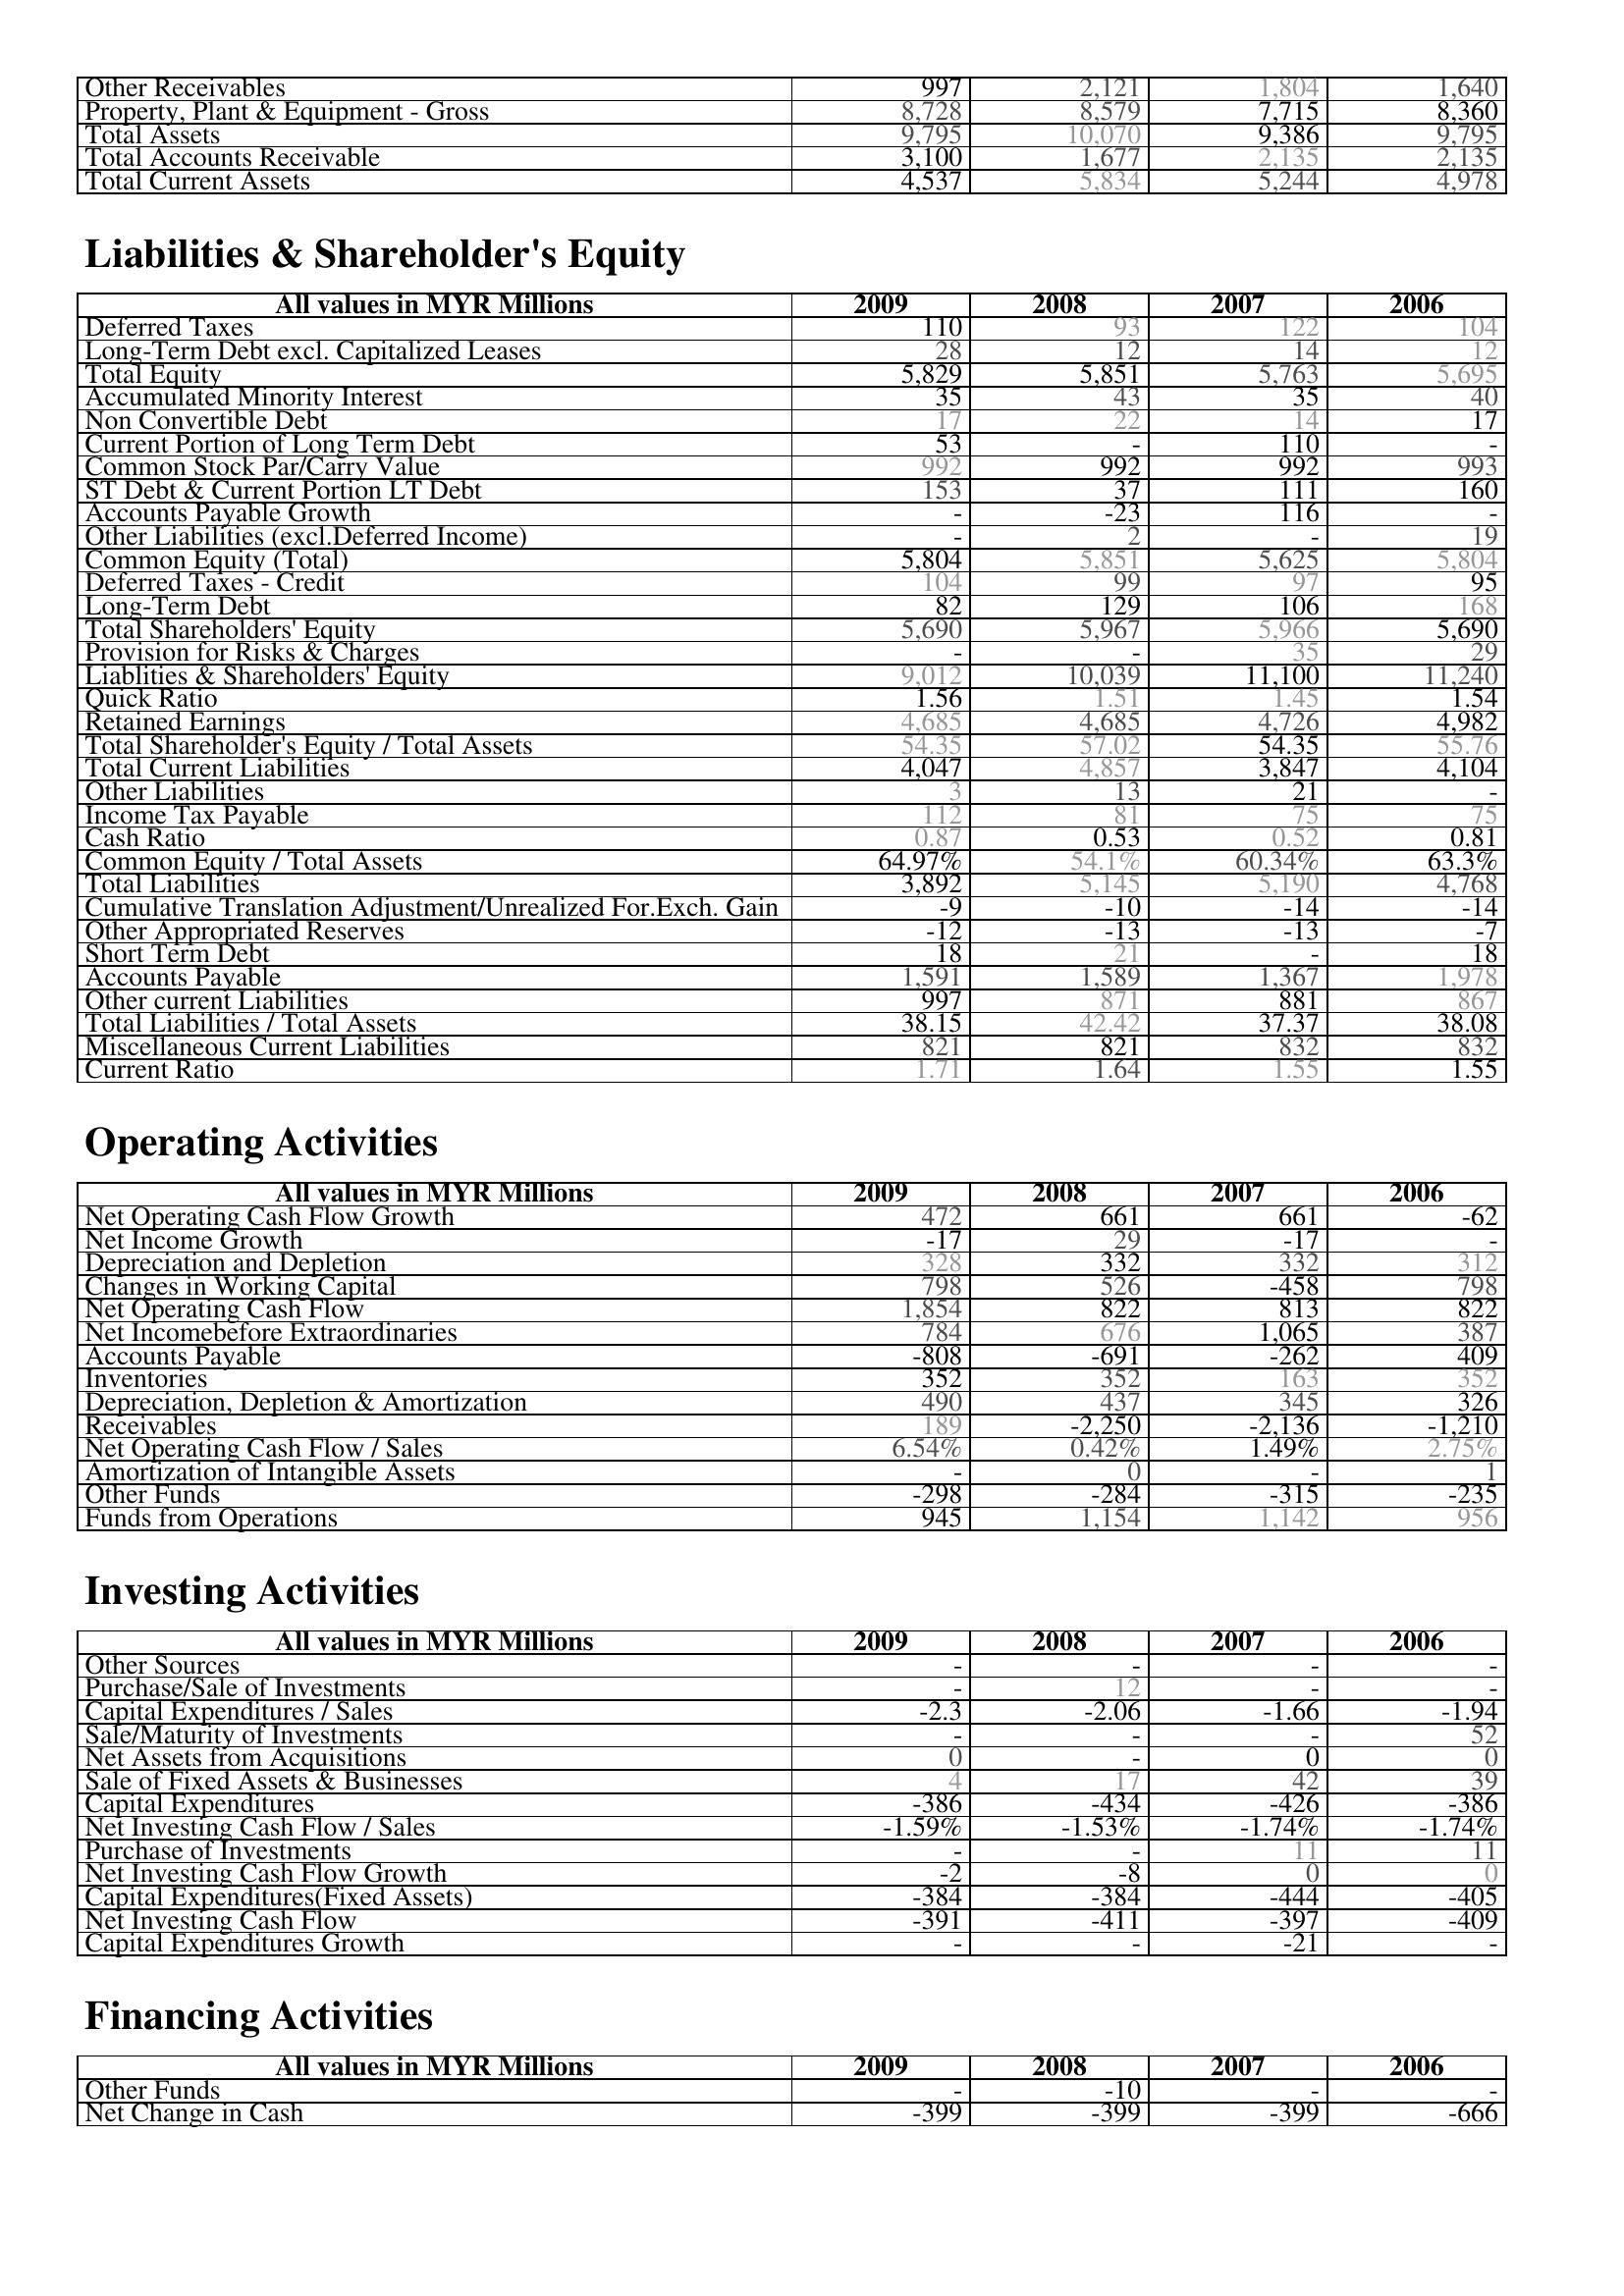
2009: Assets: Other Receivables: 997
Property, Plant & Equipment - Gross : 8,728
Total Assets: 9,795
Total Accounts Receivable: 3,100
Total Current Assets: 4,537
Liabilities & Shareholder's Equity: Deferred Taxes: 110
Long-Term Debt excl. Capitalized Leases: 28
Total Equity: 5,829
Accumulated Minority Interest: 35
Non Convertible Debt: 17
Current Portion of Long Term Debt: 53
Common Stock Par/Carry Value: 992
ST Debt & Current Portion LT Debt: 153
Accounts Payable Growth: -
Other Liabilities (excl.Deferred Income): -
Common Equity (Total): 5,804
Deferred Taxes - Credit: 104
Long-Term Debt: 82
Total Shareholders' Equity: 5,690
Provision for Risks & Charges: -
Liablities & Shareholders' Equity: 9,012
Quick Ratio: 1.56
Retained Earnings: 4,685
Total Shareholder's Equity / Total Assets: 54.35
Total Current Liabilities: 4,047
Other Liabilities: 3
Income Tax Payable: 112
Cash Ratio: 0.87
Common Equity / Total Assets: 64.97%
Total Liabilities: 3,892
Cumulative Translation Adjustment/Unrealized For.Exch. Gain: -9
Other Appropriated Reserves: -12
Short Term Debt: 18
Accounts Payable: 1,591
Other current Liabilities: 997
Total Liabilities / Total Assets: 38.15
Miscellaneous Current Liabilities: 821
Current Ratio: 1.71
Operating Activities: Net Operating Cash Flow Growth: 472
Net Income Growth: -17
Depreciation and Depletion: 328
Changes in Working Capital: 798
Net Operating Cash Flow: 1,854
Net Incomebefore Extraordinaries: 784
Accounts Payable: -808
Inventories: 352
Depreciation, Depletion & Amortization: 490
Receivables: 189
Net Operating Cash Flow / Sales: 6.54%
Amortization of Intangible Assets: -
Other Funds: -298
Funds from Operations: 945
Investing Activities: Other Sources: -
Purchase/Sale of Investments: -
Capital Expenditures / Sales: -2.3
Sale/Maturity of Investments: -
Net Assets from Acquisitions: 0
Sale of Fixed Assets & Businesses: 4
Capital Expenditures: -386
Net Investing Cash Flow / Sales: -1.59%
Purchase of Investments: -
Net Investing Cash Flow Growth: -2
Capital Expenditures(Fixed Assets): -384
Net Investing Cash Flow: -391
Capital Expenditures Growth: -
Financing Activities: Other Funds: -
Net Change in Cash: -399
2008: Assets: Other Receivables: 2,121
Property, Plant & Equipment - Gross : 8,579
Total Assets: 10,070
Total Accounts Receivable: 1,677
Total Current Assets: 5,834
Liabilities & Shareholder's Equity: Deferred Taxes: 93
Long-Term Debt excl. Capitalized Leases: 12
Total Equity: 5,851
Accumulated Minority Interest: 43
Non Convertible Debt: 22
Current Portion of Long Term Debt: -
Common Stock Par/Carry Value: 992
ST Debt & Current Portion LT Debt: 37
Accounts Payable Growth: -23
Other Liabilities (excl.Deferred Income): 2
Common Equity (Total): 5,851
Deferred Taxes - Credit: 99
Long-Term Debt: 129
Total Shareholders' Equity: 5,967
Provision for Risks & Charges: -
Liablities & Shareholders' Equity: 10,039
Quick Ratio: 1.51
Retained Earnings: 4,685
Total Shareholder's Equity / Total Assets: 57.02
Total Current Liabilities: 4,857
Other Liabilities: 13
Income Tax Payable: 81
Cash Ratio: 0.53
Common Equity / Total Assets: 54.1%
Total Liabilities: 5,145
Cumulative Translation Adjustment/Unrealized For.Exch. Gain: -10
Other Appropriated Reserves: -13
Short Term Debt: 21
Accounts Payable: 1,589
Other current Liabilities: 871
Total Liabilities / Total Assets: 42.42
Miscellaneous Current Liabilities: 821
Current Ratio: 1.64
Operating Activities: Net Operating Cash Flow Growth: 661
Net Income Growth: 29
Depreciation and Depletion: 332
Changes in Working Capital: 526
Net Operating Cash Flow: 822
Net Incomebefore Extraordinaries: 676
Accounts Payable: -691
Inventories: 352
Depreciation, Depletion & Amortization: 437
Receivables: -2,250
Net Operating Cash Flow / Sales: 0.42%
Amortization of Intangible Assets: 0
Other Funds: -284
Funds from Operations: 1,154
Investing Activities: Other Sources: -
Purchase/Sale of Investments: 12
Capital Expenditures / Sales: -2.06
Sale/Maturity of Investments: -
Net Assets from Acquisitions: -
Sale of Fixed Assets & Businesses: 17
Capital Expenditures: -434
Net Investing Cash Flow / Sales: -1.53%
Purchase of Investments: -
Net Investing Cash Flow Growth: -8
Capital Expenditures(Fixed Assets): -384
Net Investing Cash Flow: -411
Capital Expenditures Growth: -
Financing Activities: Other Funds: -10
Net Change in Cash: -399
2007: Assets: Other Receivables: 1,804
Property, Plant & Equipment - Gross : 7,715
Total Assets: 9,386
Total Accounts Receivable: 2,135
Total Current Assets: 5,244
Liabilities & Shareholder's Equity: Deferred Taxes: 122
Long-Term Debt excl. Capitalized Leases: 14
Total Equity: 5,763
Accumulated Minority Interest: 35
Non Convertible Debt: 14
Current Portion of Long Term Debt: 110
Common Stock Par/Carry Value: 992
ST Debt & Current Portion LT Debt: 111
Accounts Payable Growth: 116
Other Liabilities (excl.Deferred Income): -
Common Equity (Total): 5,625
Deferred Taxes - Credit: 97
Long-Term Debt: 106
Total Shareholders' Equity: 5,966
Provision for Risks & Charges: 35
Liablities & Shareholders' Equity: 11,100
Quick Ratio: 1.45
Retained Earnings: 4,726
Total Shareholder's Equity / Total Assets: 54.35
Total Current Liabilities: 3,847
Other Liabilities: 21
Income Tax Payable: 75
Cash Ratio: 0.52
Common Equity / Total Assets: 60.34%
Total Liabilities: 5,190
Cumulative Translation Adjustment/Unrealized For.Exch. Gain: -14
Other Appropriated Reserves: -13
Short Term Debt: -
Accounts Payable: 1,367
Other current Liabilities: 881
Total Liabilities / Total Assets: 37.37
Miscellaneous Current Liabilities: 832
Current Ratio: 1.55
Operating Activities: Net Operating Cash Flow Growth: 661
Net Income Growth: -17
Depreciation and Depletion: 332
Changes in Working Capital: -458
Net Operating Cash Flow: 813
Net Incomebefore Extraordinaries: 1,065
Accounts Payable: -262
Inventories: 163
Depreciation, Depletion & Amortization: 345
Receivables: -2,136
Net Operating Cash Flow / Sales: 1.49%
Amortization of Intangible Assets: -
Other Funds: -315
Funds from Operations: 1,142
Investing Activities: Other Sources: -
Purchase/Sale of Investments: -
Capital Expenditures / Sales: -1.66
Sale/Maturity of Investments: -
Net Assets from Acquisitions: 0
Sale of Fixed Assets & Businesses: 42
Capital Expenditures: -426
Net Investing Cash Flow / Sales: -1.74%
Purchase of Investments: 11
Net Investing Cash Flow Growth: 0
Capital Expenditures(Fixed Assets): -444
Net Investing Cash Flow: -397
Capital Expenditures Growth: -21
Financing Activities: Other Funds: -
Net Change in Cash: -399
2006: Assets: Other Receivables: 1,640
Property, Plant & Equipment - Gross : 8,360
Total Assets: 9,795
Total Accounts Receivable: 2,135
Total Current Assets: 4,978
Liabilities & Shareholder's Equity: Deferred Taxes: 104
Long-Term Debt excl. Capitalized Leases: 12
Total Equity: 5,695
Accumulated Minority Interest: 40
Non Convertible Debt: 17
Current Portion of Long Term Debt: -
Common Stock Par/Carry Value: 993
ST Debt & Current Portion LT Debt: 160
Accounts Payable Growth: -
Other Liabilities (excl.Deferred Income): 19
Common Equity (Total): 5,804
Deferred Taxes - Credit: 95
Long-Term Debt: 168
Total Shareholders' Equity: 5,690
Provision for Risks & Charges: 29
Liablities & Shareholders' Equity: 11,240
Quick Ratio: 1.54
Retained Earnings: 4,982
Total Shareholder's Equity / Total Assets: 55.76
Total Current Liabilities: 4,104
Other Liabilities: -
Income Tax Payable: 75
Cash Ratio: 0.81
Common Equity / Total Assets: 63.3%
Total Liabilities: 4,768
Cumulative Translation Adjustment/Unrealized For.Exch. Gain: -14
Other Appropriated Reserves: -7
Short Term Debt: 18
Accounts Payable: 1,978
Other current Liabilities: 867
Total Liabilities / Total Assets: 38.08
Miscellaneous Current Liabilities: 832
Current Ratio: 1.55
Operating Activities: Net Operating Cash Flow Growth: -62
Net Income Growth: -
Depreciation and Depletion: 312
Changes in Working Capital: 798
Net Operating Cash Flow: 822
Net Incomebefore Extraordinaries: 387
Accounts Payable: 409
Inventories: 352
Depreciation, Depletion & Amortization: 326
Receivables: -1,210
Net Operating Cash Flow / Sales: 2.75%
Amortization of Intangible Assets: 1
Other Funds: -235
Funds from Operations: 956
Investing Activities: Other Sources: -
Purchase/Sale of Investments: -
Capital Expenditures / Sales: -1.94
Sale/Maturity of Investments: 52
Net Assets from Acquisitions: 0
Sale of Fixed Assets & Businesses: 39
Capital Expenditures: -386
Net Investing Cash Flow / Sales: -1.74%
Purchase of Investments: 11
Net Investing Cash Flow Growth: 0
Capital Expenditures(Fixed Assets): -405
Net Investing Cash Flow: -409
Capital Expenditures Growth: -
Financing Activities: Other Funds: -
Net Change in Cash: -666